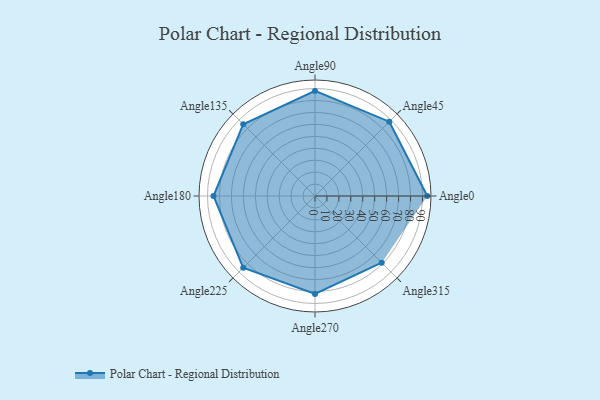
{"axis": {"x": "Angle", "y": "Radius"}, "legend": [""], "data": [{"x": "Angle0", "y": 94.0, "type": ""}, {"x": "Angle45", "y": 88.0, "type": ""}, {"x": "Angle90", "y": 88.0, "type": ""}, {"x": "Angle135", "y": 85.0, "type": ""}, {"x": "Angle180", "y": 85.0, "type": ""}, {"x": "Angle225", "y": 85.0, "type": ""}, {"x": "Angle270", "y": 82.0, "type": ""}, {"x": "Angle315", "y": 79.0, "type": ""}]}